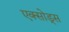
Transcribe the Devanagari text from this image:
एक्सोड्स